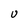
Character: U